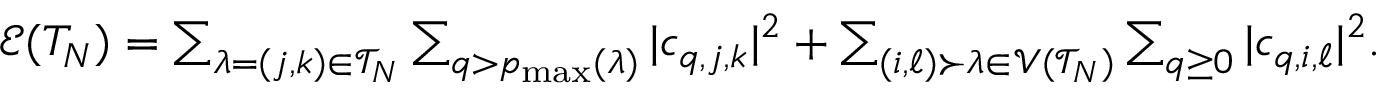
\begin{array} { r } { \mathcal { E } ( T _ { N } ) = \sum _ { \lambda = ( j , k ) \in \mathcal { T } _ { N } } \sum _ { q > p _ { \operatorname* { m a x } } ( \lambda ) } \vert c _ { q , j , k } \vert ^ { 2 } + \sum _ { ( i , \ell ) \succ \lambda \in \mathcal { V } ( \mathcal { T } _ { N } ) } \sum _ { q \geq 0 } \vert c _ { q , i , \ell } \vert ^ { 2 } . } \end{array}